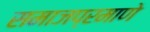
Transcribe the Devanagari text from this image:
समाजप्रमाणे